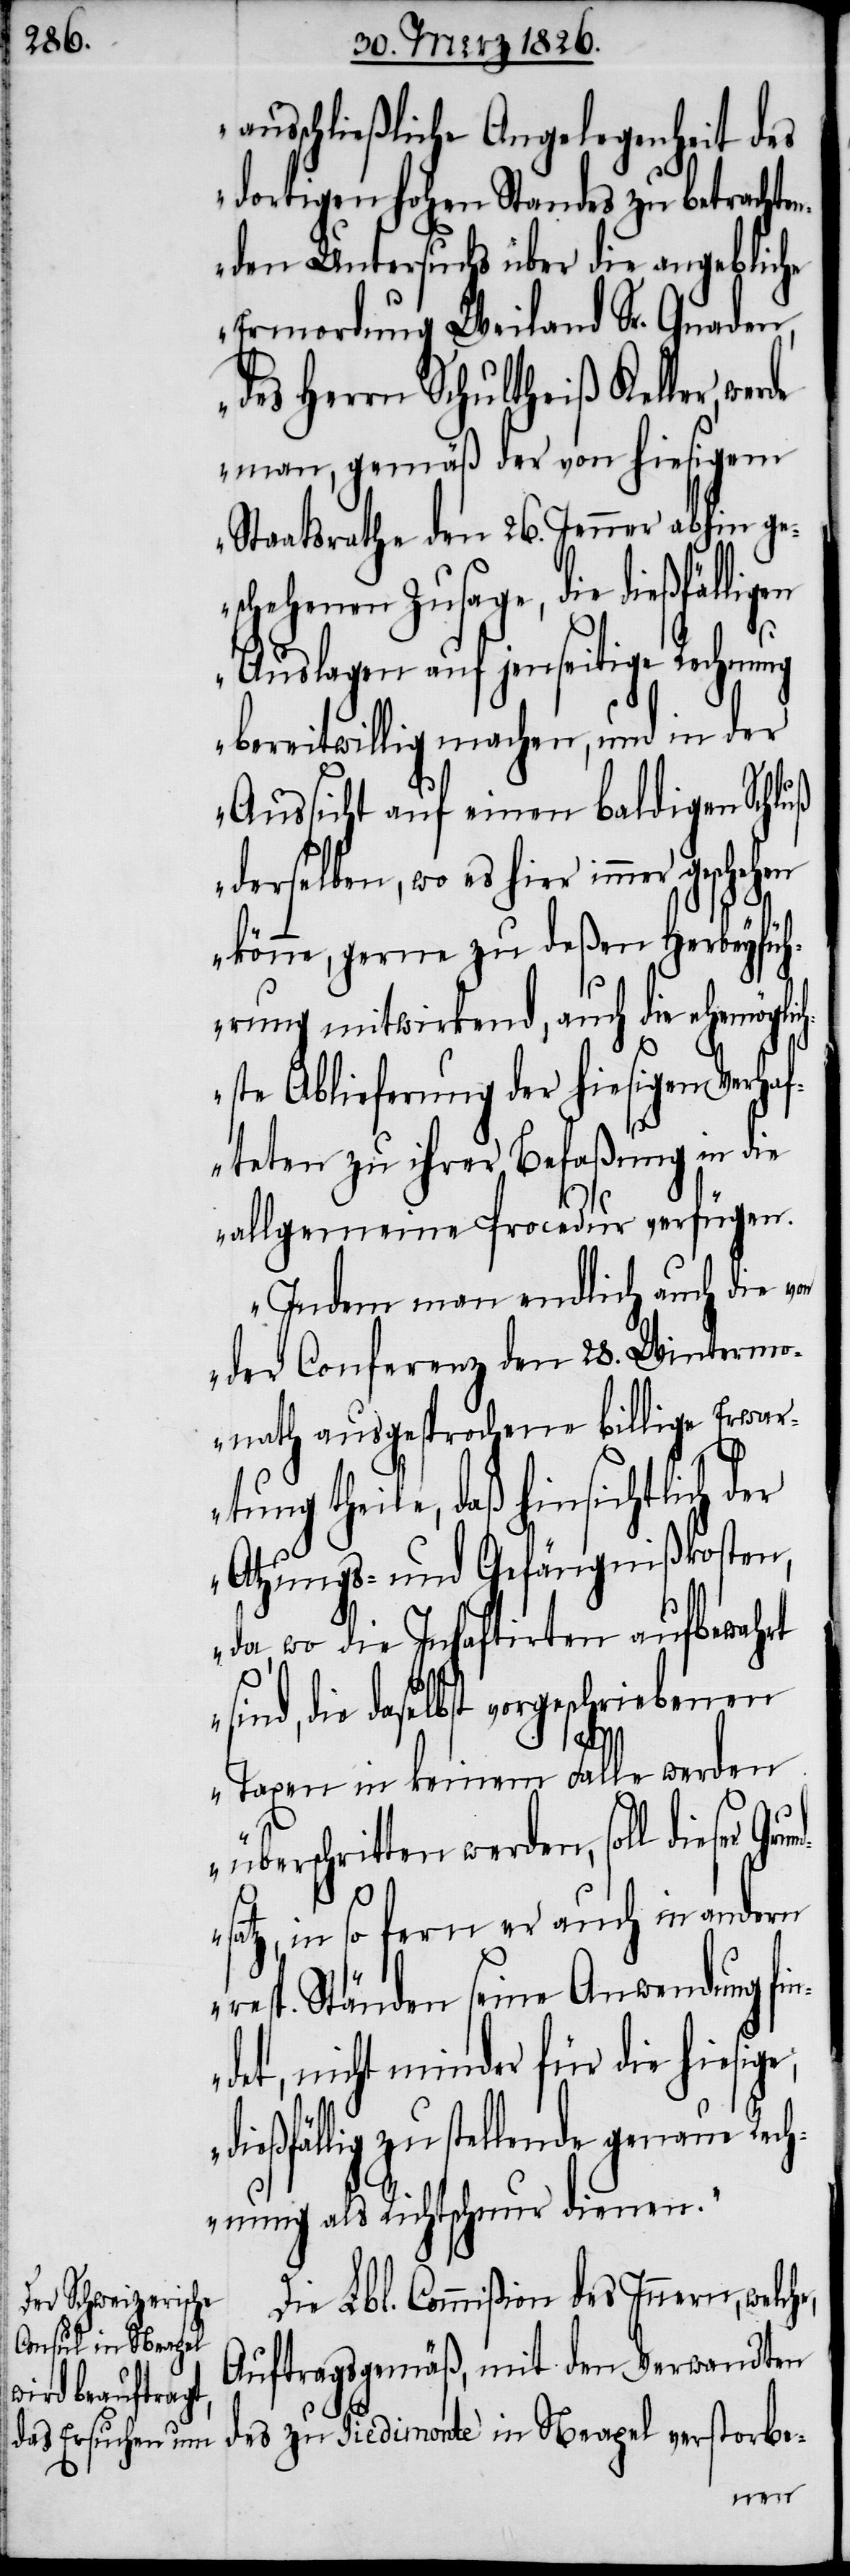
ausschließliche Angelegenheit des
dortigen hohen Standes zu betrachte¬
nden Untersuchs über die angebliche
Ermordung Weiland Sr. Gnaden,
des Herrn Schultheiß Keller,
man, gemäß der von hiesigem
Staatsrathe den 26. Jenner abhin ge¬
schehenen Zusage, die
Auslagen auf jenseitige Rechnung
bereitwillig machen, und in der
Aussicht auf einen baldigen Schluß
derselben, wo es hier immer gesche¬
könne, gerne zu deßen Herbeyfüh¬
rung mitwirkend, auch die ehemögl¬
ste Ablieferung der hiesigen Verha¬
fteten zu ihrer Befaßung in die
allgemeine Procedur verfügen.
Indem man endlich auch die von
der Conferenz den 28. Wintermo¬
nath ausgesprochene billige Erwart¬
ung theile, daß hinsichtlich
Atzungs- und Gefängnißkosten,
da, wo die Inhaftirten aufbewahrt
sind, die daselbst vorgeschriebenen
di¬
Taxen in keinem Falle werden
überschritten werden, soll dieser
satz, in so fern er auch in andern
resp. Ständen seine Anwendung fin¬
det, nicht minder für die hiesige,
eßfällig zustellende genaue Rech¬
nung als Richtschnur dienen.“
Die Lbl. Commißion des Innern, welche
Auftragsgemäß, mit den Verwandten
zu Piedimonte in Neapel verstorbe-
hen